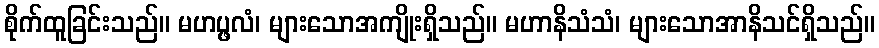
စိုက်ထူခြင်းသည်။ မဟပ္ဖလံ၊ များသောအကျိုးရှိသည်။ မဟာနိသံသံ၊ များသောအာနိသင်ရှိသည်။